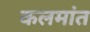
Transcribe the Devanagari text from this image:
कलमांत